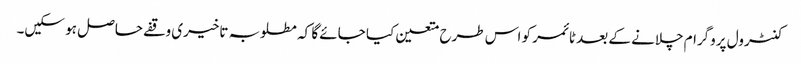
کنٹرول پروگرام چلانے کے بعد ٹائمر کو اس طرح متعین کیا جائے گا کہ مطلوبہ تاخیری وقفے حاصل ہو سکیں۔